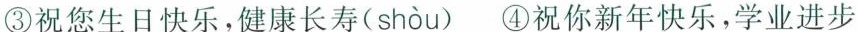
③祝您生日快乐，健康长寿( shòu )④祝你新年快乐，学业进步”